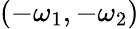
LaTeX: (-\omega_{1},-\omega_{2})